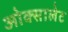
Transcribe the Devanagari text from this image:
ओक्सालेट